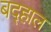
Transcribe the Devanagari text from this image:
बद्हाल